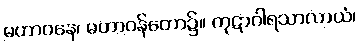
မဟာဝနေ၊ မဟာဝန်တော၌။ ကုဋာဂါရသာလာယံ၊